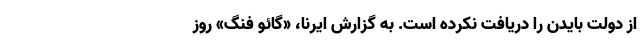
از دولت بایدن را دریافت نکرده است. به گزارش ایرنا، «گائو فنگ» روز